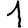
Digit: 1